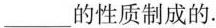
______的性质制成的。